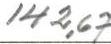
142,67